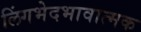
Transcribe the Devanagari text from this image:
लिंगभेदभावात्मक